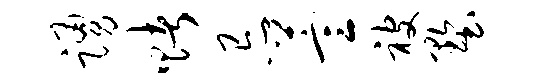
踊赌忌萱被墅